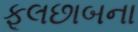
ફૂલછાબના